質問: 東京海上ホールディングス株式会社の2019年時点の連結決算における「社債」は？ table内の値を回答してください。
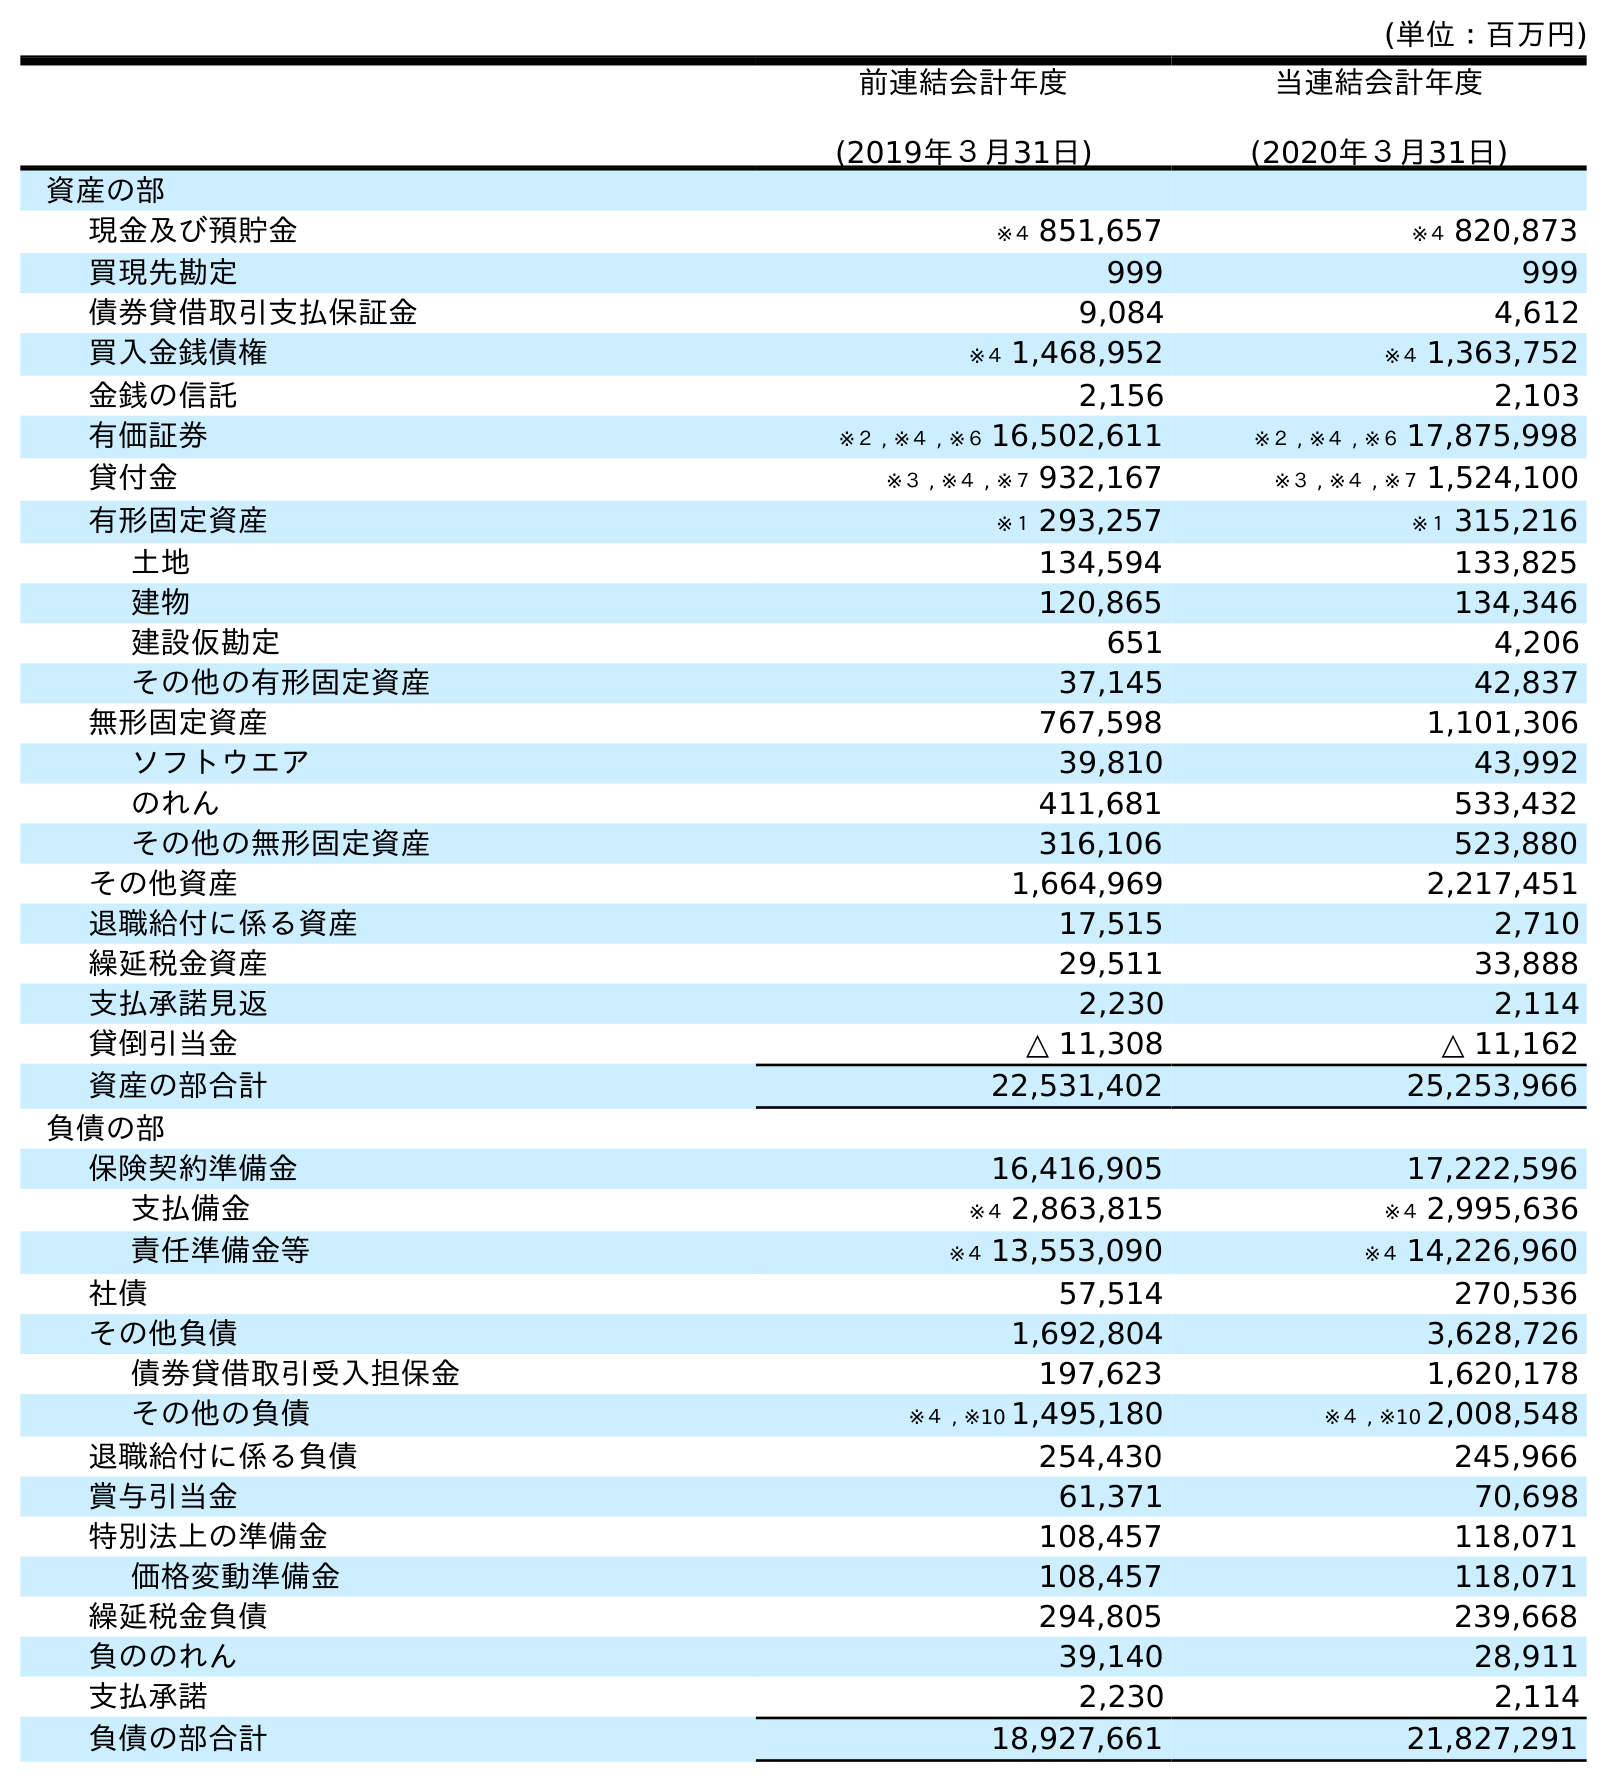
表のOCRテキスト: (単位：百万円) 前連結会計年度 (2019年３月31日) 当連結会計年度 (2020年３月31日) 資産の部 現金及び預貯金 ※４ 851,657 ※４ 820,873 買現先勘定 999 999 債券貸借取引支払保証金 9,084 4,612 買入金銭債権 ※４ 1,468,952 ※４ 1,363,752 金銭の信託 2,156 2,103 有価証券 ※２ , ※４ , ※６ 16,502,611 ※２ , ※４ , ※６ 17,875,998 貸付金 ※３ , ※４ , ※７ 932,167 ※３ , ※４ , ※７ 1,524,100 有形固定資産 ※１ 293,257 ※１ 315,216 土地 134,594 133,825 建物 120,865 134,346 建設仮勘定 651 4,206 その他の有形固定資産 37,145 42,837 無形固定資産 767,598 1,101,306 ソフトウエア 39,810 43,992 のれん 411,681 533,432 その他の無形固定資産 316,106 523,880 その他資産 1,664,969 2,217,451 退職給付に係る資産 17,515 2,710 繰延税金資産 29,511 33,888 支払承諾見返 2,230 2,114 貸倒引当金 △ 11,308 △ 11,162 資産の部合計 22,531,402 25,253,966 負債の部 保険契約準備金 16,416,905 17,222,596 支払備金 ※４ 2,863,815 ※４ 2,995,636 責任準備金等 ※４ 13,553,090 ※４ 14,226,960 社債 57,514 270,536 その他負債 1,692,804 3,628,726 債券貸借取引受入担保金 197,623 1,620,178 その他の負債 ※４ , ※10 1,495,180 ※４ , ※10 2,008,548 退職給付に係る負債 254,430 245,966 賞与引当金 61,371 70,698 特別法上の準備金 108,457 118,071 価格変動準備金 108,457 118,071 繰延税金負債 294,805 239,668 負ののれん 39,140 28,911 支払承諾 2,230 2,114 負債の部合計 18,927,661 21,827,291
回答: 57,514